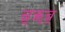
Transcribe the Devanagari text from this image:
च्र्ॠच्र्